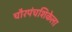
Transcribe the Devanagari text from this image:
चौरपंचशिकेला